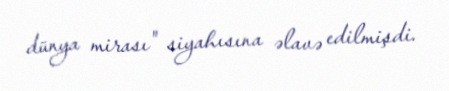
dünya mirası" siyahısına əlavə edilmişdi.